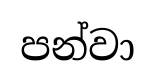
පන්වා